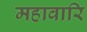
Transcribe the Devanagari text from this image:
महावारि